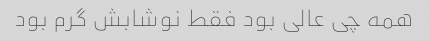
همه چی عالی بود فقط نوشابش گرم بود